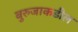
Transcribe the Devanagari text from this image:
बुरुजाकडील